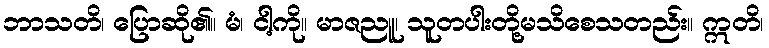
ဘာသတိ၊ ပြောဆို၏။ မံ၊ ငါ့ကို။ မာဇညူ၊ သူတပါးတို့မသိစေသတည်း။ ဣတိ၊